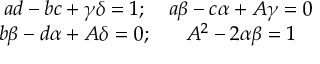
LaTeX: \begin{array} { c c } { { a d - b c + \gamma \delta = 1 ; } } & { { a \beta - c \alpha + A \gamma = 0 } } \\ { { b \beta - d \alpha + A \delta = 0 ; } } & { { A ^ { 2 } - 2 \alpha \beta = 1 } } \end{array}